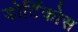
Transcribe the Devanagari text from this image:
डोर्टिकोस